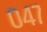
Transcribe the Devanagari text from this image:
०४७